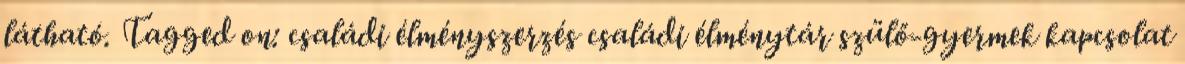
látható. Tagged on: családi élményszerzés családi élménytár szülő-gyermek kapcsolat